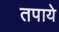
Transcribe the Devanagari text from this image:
तपाये